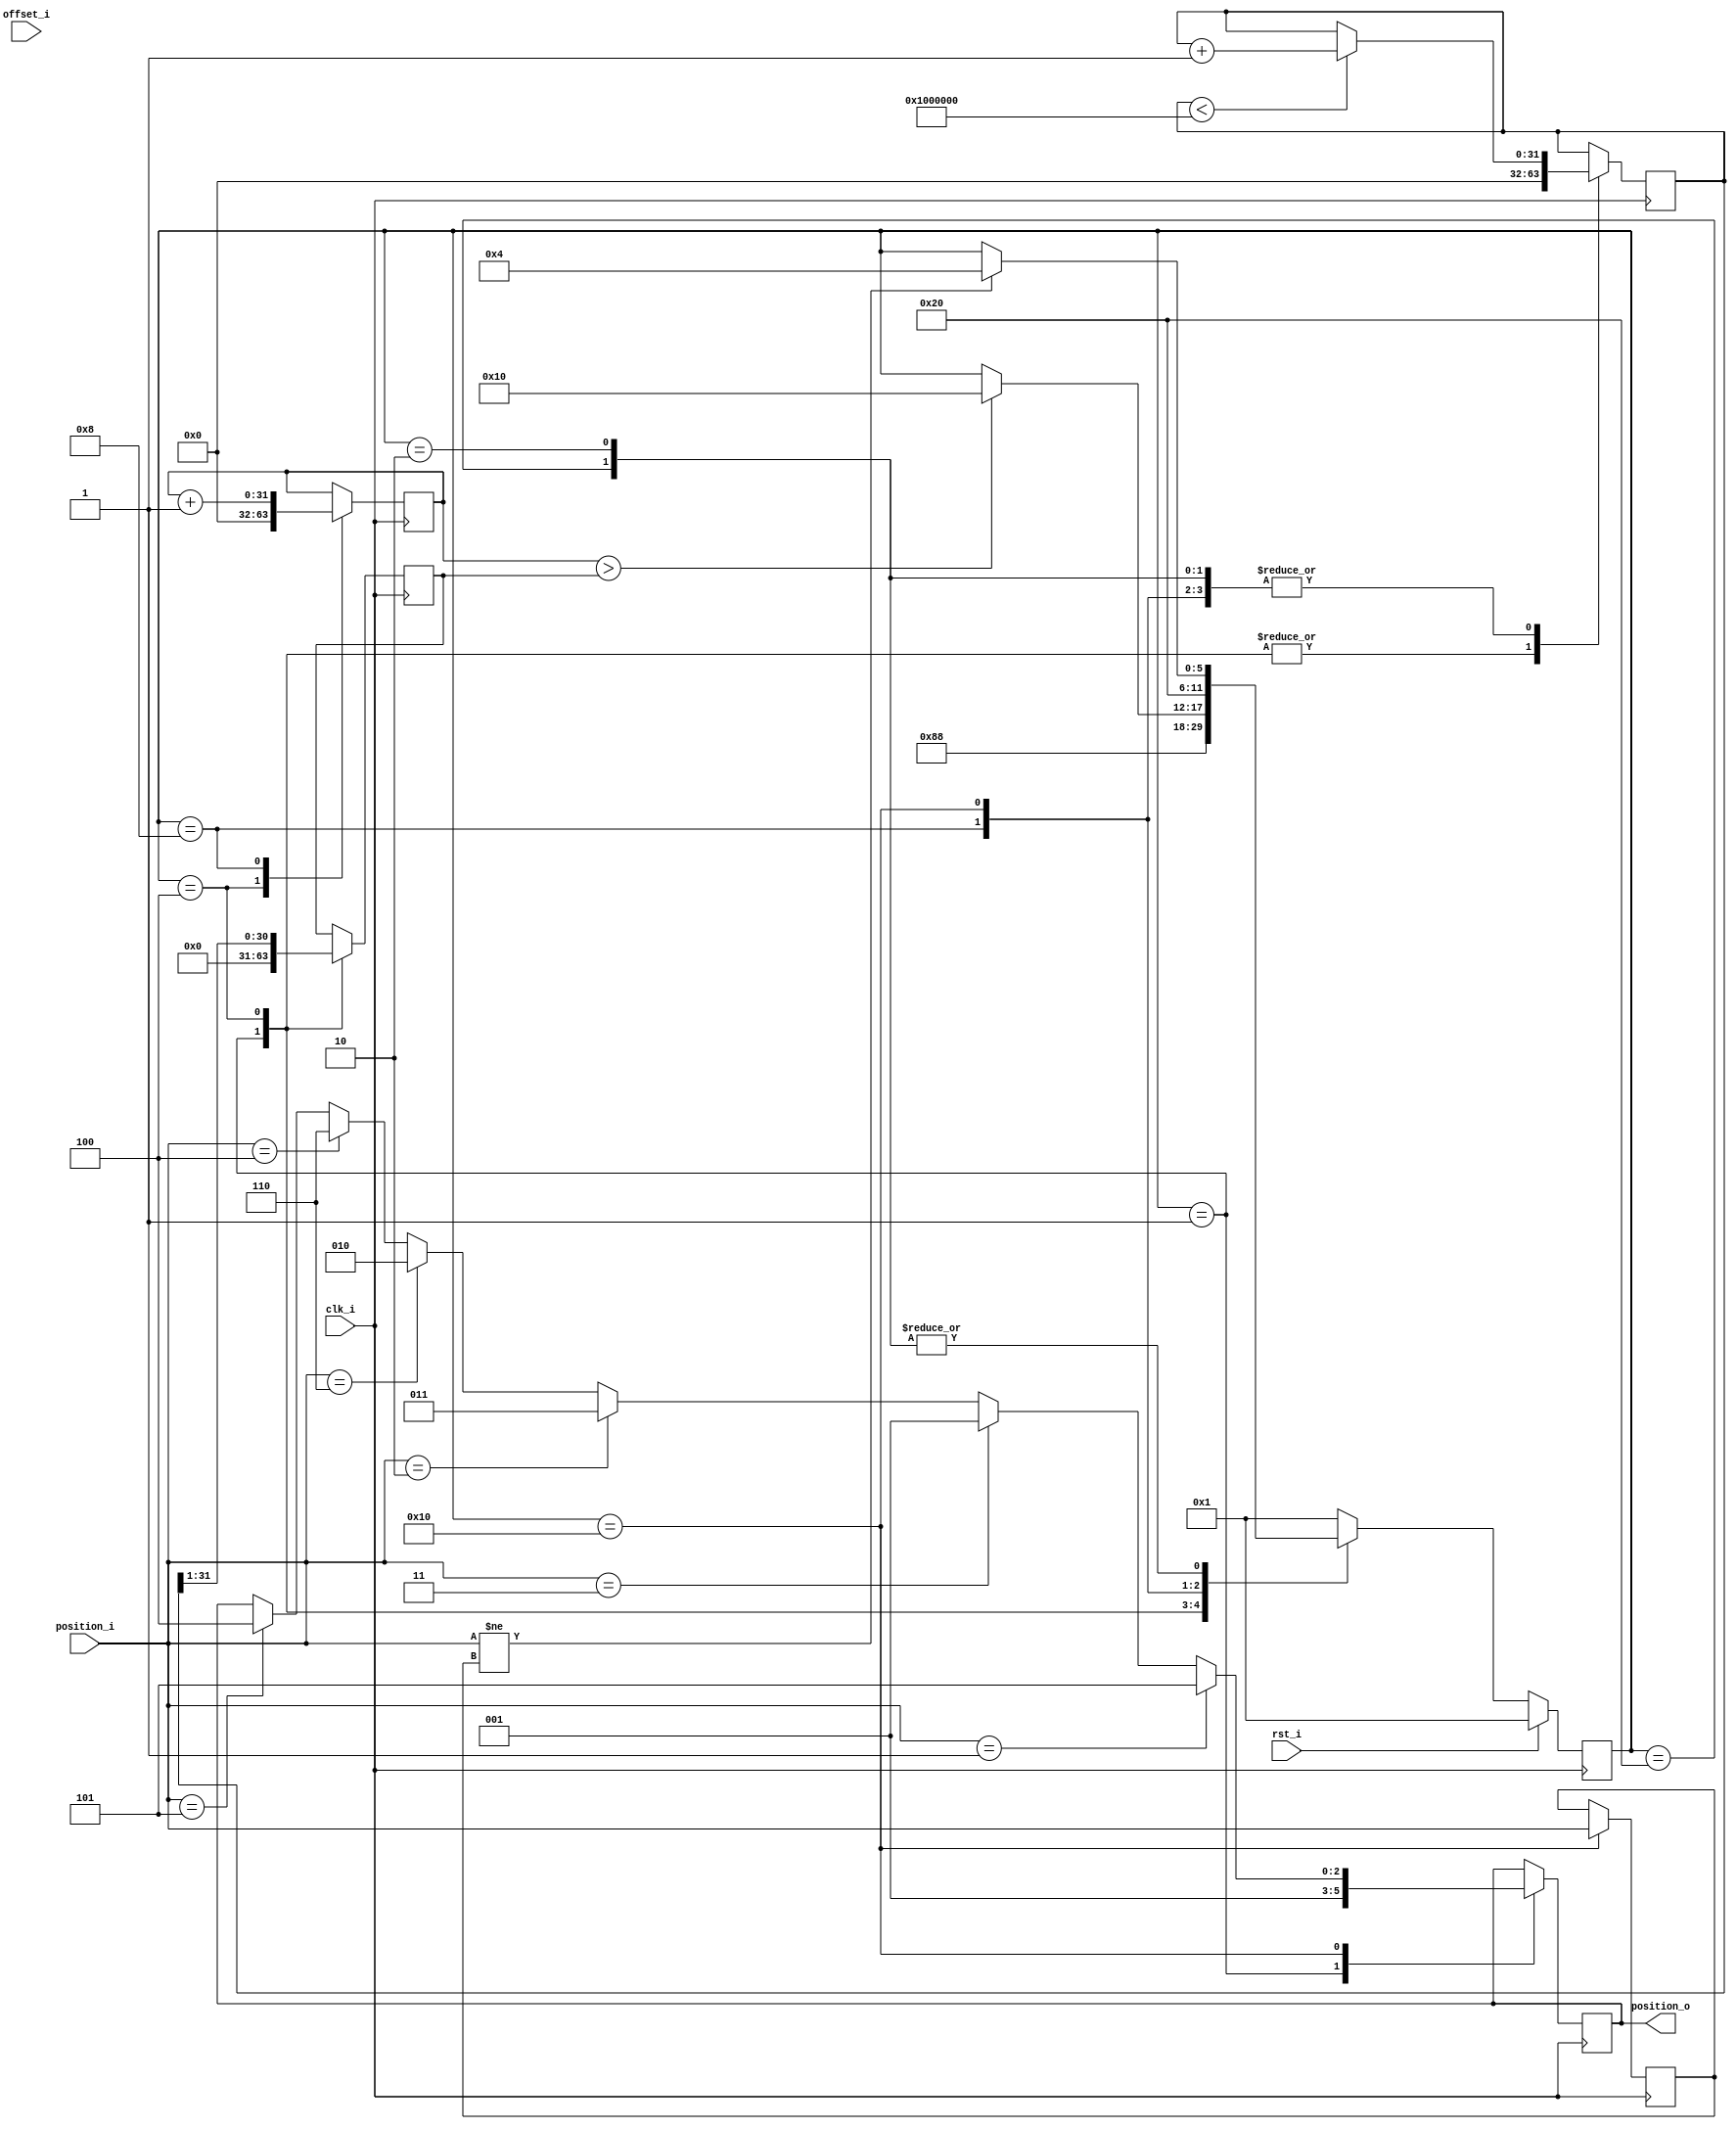
module delay_30_degrees
//----------- Paramters Declarations -------------------------------------------
//----------- Ports Declarations -----------------------------------------------
(
    input               clk_i,
    input               rst_i,
    input       [31:0]  offset_i,   // offset register
    input       [2:0]   position_i, // input position
    output reg  [2:0]   position_o  // delayed with 30 degrees position
);

//------------------------------------------------------------------------------
//----------- Local Parameters -------------------------------------------------
//------------------------------------------------------------------------------
localparam MAX_SPEED_COUNT  = 32'h1000000;
//State machine
localparam RESET            = 6'b000001;
localparam INIT             = 6'b000010;
localparam CHANGE_POSITION  = 6'b000100;
localparam DELAY_30_DEGREES = 6'b001000;
localparam APPLY_CHANGE     = 6'b010000;
localparam IDLE             = 6'b100000;
//------------------------------------------------------------------------------
//----------- Registers Declarations -------------------------------------------
//------------------------------------------------------------------------------
reg [5:0]   state         = RESET;  // current state
reg [5:0]   next_state    = RESET;  // next state
reg [2:0]   position_old  = 3'h0;   // saves the latest position
reg [31:0]  speed_count   = 32'h0;  // counts the current speed of rotation
reg [31:0]  speed_divider = 32'h0;  // divides the speed of rotation by 2, correspoding to 30 degrees
reg [31:0]  delay_count   = 32'h0;  // Applied the delay to the input signal

//------------------------------------------------------------------------------
//----------- Assign/Always Blocks ---------------------------------------------
//------------------------------------------------------------------------------

// State transitions
always @*
begin
    next_state = state;

    case (state)
        RESET:
        begin
            next_state = INIT;
        end
        INIT:
        begin
            if (position_i != position_old)
            begin
                next_state = CHANGE_POSITION;
            end
        end
        CHANGE_POSITION:
        begin
            next_state = DELAY_30_DEGREES;
        end
        DELAY_30_DEGREES:
        begin
            if( delay_count >  speed_divider)
            begin
                next_state          = APPLY_CHANGE;
            end
        end
        APPLY_CHANGE:
        begin
            next_state          = IDLE;
        end
        IDLE:
        begin
            if (position_i != position_old)
            begin
                next_state = CHANGE_POSITION;
            end
        end
        default:
        begin
            next_state = RESET;
        end
    endcase
end

always @(posedge clk_i)
begin
    case(state)
        RESET:
        begin
            speed_count     <= 0;
            speed_divider   <= 0;
            position_o      <= 3'b1;
        end
        INIT:
        begin
            if (speed_count < MAX_SPEED_COUNT)
            begin
                speed_count <= speed_count + 1;
            end
        end
        CHANGE_POSITION:
        begin
            speed_divider   <= speed_count >> 1 ;
            speed_count     <= 0;
            delay_count     <= 0;
        end
        DELAY_30_DEGREES:
        begin
            if (speed_count < MAX_SPEED_COUNT)
            begin
                speed_count <= speed_count + 1;
            end
            delay_count <= delay_count + 1;
        end
        APPLY_CHANGE:
        begin
            if (position_i == 3'b101)
            begin
                position_o <= 100;
            end 
            if (position_i == 3'b100)
            begin
                position_o <= 110;
            end 
            if (position_i == 3'b110)
            begin
                position_o <= 010;
            end 
            if (position_i == 3'b010)
            begin
                position_o <= 011;
            end 
            if (position_i == 3'b011)
            begin
                position_o <= 001;
            end 
            if (position_i == 3'b001)
            begin
                position_o <= 101;
            end 
            position_old    <= position_i;
            if (speed_count < MAX_SPEED_COUNT)
            begin
                speed_count <= speed_count + 1;
            end
        end
        IDLE:
        begin
            if (speed_count < MAX_SPEED_COUNT)
            begin
                speed_count <= speed_count + 1;
            end
        end
    endcase
end

always @ (posedge clk_i)
begin
    if(rst_i == 1'b1)
    begin
        state <= RESET;
    end
    else
    begin
        state <= next_state;
    end
end

endmodule